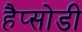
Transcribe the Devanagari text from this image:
हैप्सोडी